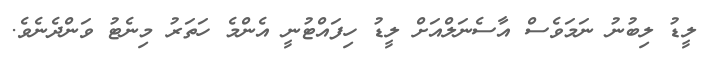
ލީޑު ލިބުނު ނަމަވެސް އާސެނަލްއަށް ލީޑު ހިފައްޓުނީ އެންމެ ހަތަރު މިނެޓު ވަންދެނެވެ.